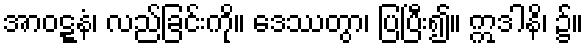
အာဝဋ္ဋနံ၊ လည်ခြင်းကို။ ဒေဿတွာ၊ ပြပြီး၍။ ဣဒါနိ၊ ၌။